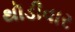
થૉડીવાર